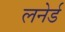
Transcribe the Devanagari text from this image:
लनेर्ड